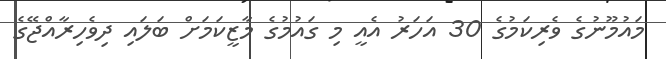
މައުމޫނުގެ ވެރިކަމުގެ 30 އަހަރު އެއީ މި ގައުމުގެ މާޒީކަމަށް ބަލައި ދިވެހިރާއްޖޭގެ